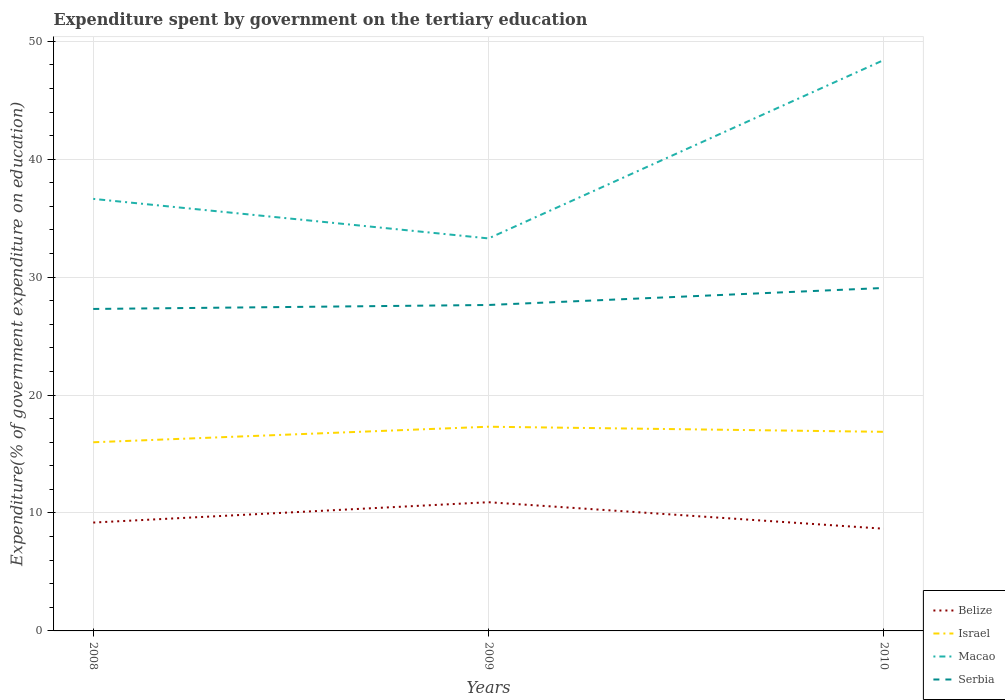
| Years | Belize | Israel | Macao | Serbia |
 | --- | --- | --- | --- | --- |
 | 2008 | 9.19 | 16 | 36.6 | 27.3 |
 | 2009 | 10.9 | 17.3 | 33.3 | 27.6 |
 | 2010 | 8.67 | 16.9 | 48.4 | 29.1 |